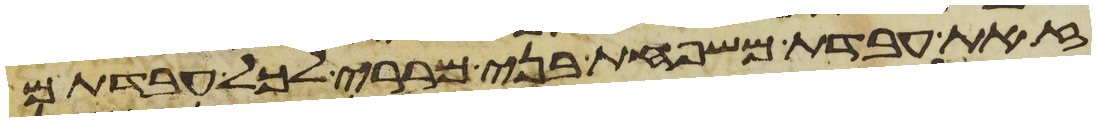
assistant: זאת עבדת משפחת בני מררי לכל עבדתם